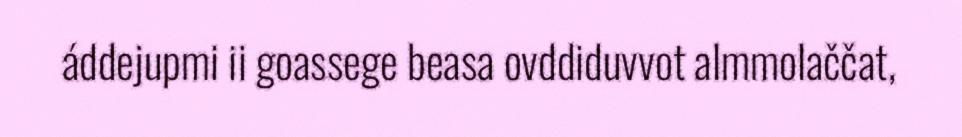
áddejupmi ii goassege beasa ovddiduvvot almmolaččat,